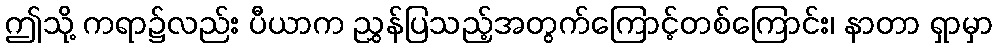
ဤသို့ ကရာ၌လည်း ပီယာက ညွှန်ပြသည့်အတွက်ကြောင့်တစ်ကြောင်း၊ နာတာ ရှာမှာ